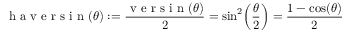
{ \textrm { h a v e r s i n } } ( \theta ) : = { \frac { { \textrm { v e r s i n } } ( \theta ) } { 2 } } = \sin ^ { 2 } \! \left( { \frac { \theta } { 2 } } \right) = { \frac { 1 - \cos ( \theta ) } { 2 } }